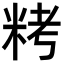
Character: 𥹬